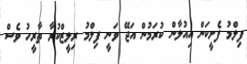
ފިލްމު ފެށީކަން އިއުލާން ކުރަމުން އަޖޭ ވަނީ ފިލްމު ރިލީޒްކުރާ ތާރީހު ވެސް